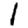
Digit: 1